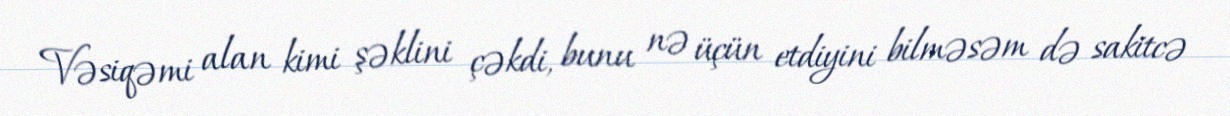
Vəsiqəmi alan kimi şəklini çəkdi, bunu nə üçün etdiyini bilməsəm də sakitcə